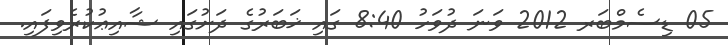
05 ޑިސެމްބަރ 2012 ވަނަ ދުވަހު 8:40 ގައި ޚަބަރުގެ ދަށުގައި ޝާއިޢުކުރެވިފައި.